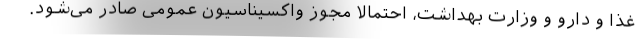
غذا و دارو و وزارت بهداشت، احتمالا مجوز واکسیناسیون عمومی صادر می‌شود.